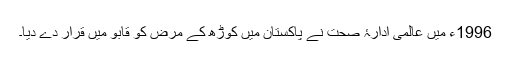
1996ء میں عالمی ادارۂ صحت نے پاکستان میں کوڑھ کے مرض کو قابو میں قرار دے دیا۔